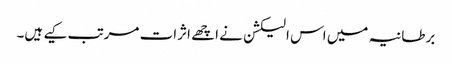
برطانیہ میں اس الیکشن نے اچھے اثرات مرتب کیے ہیں۔